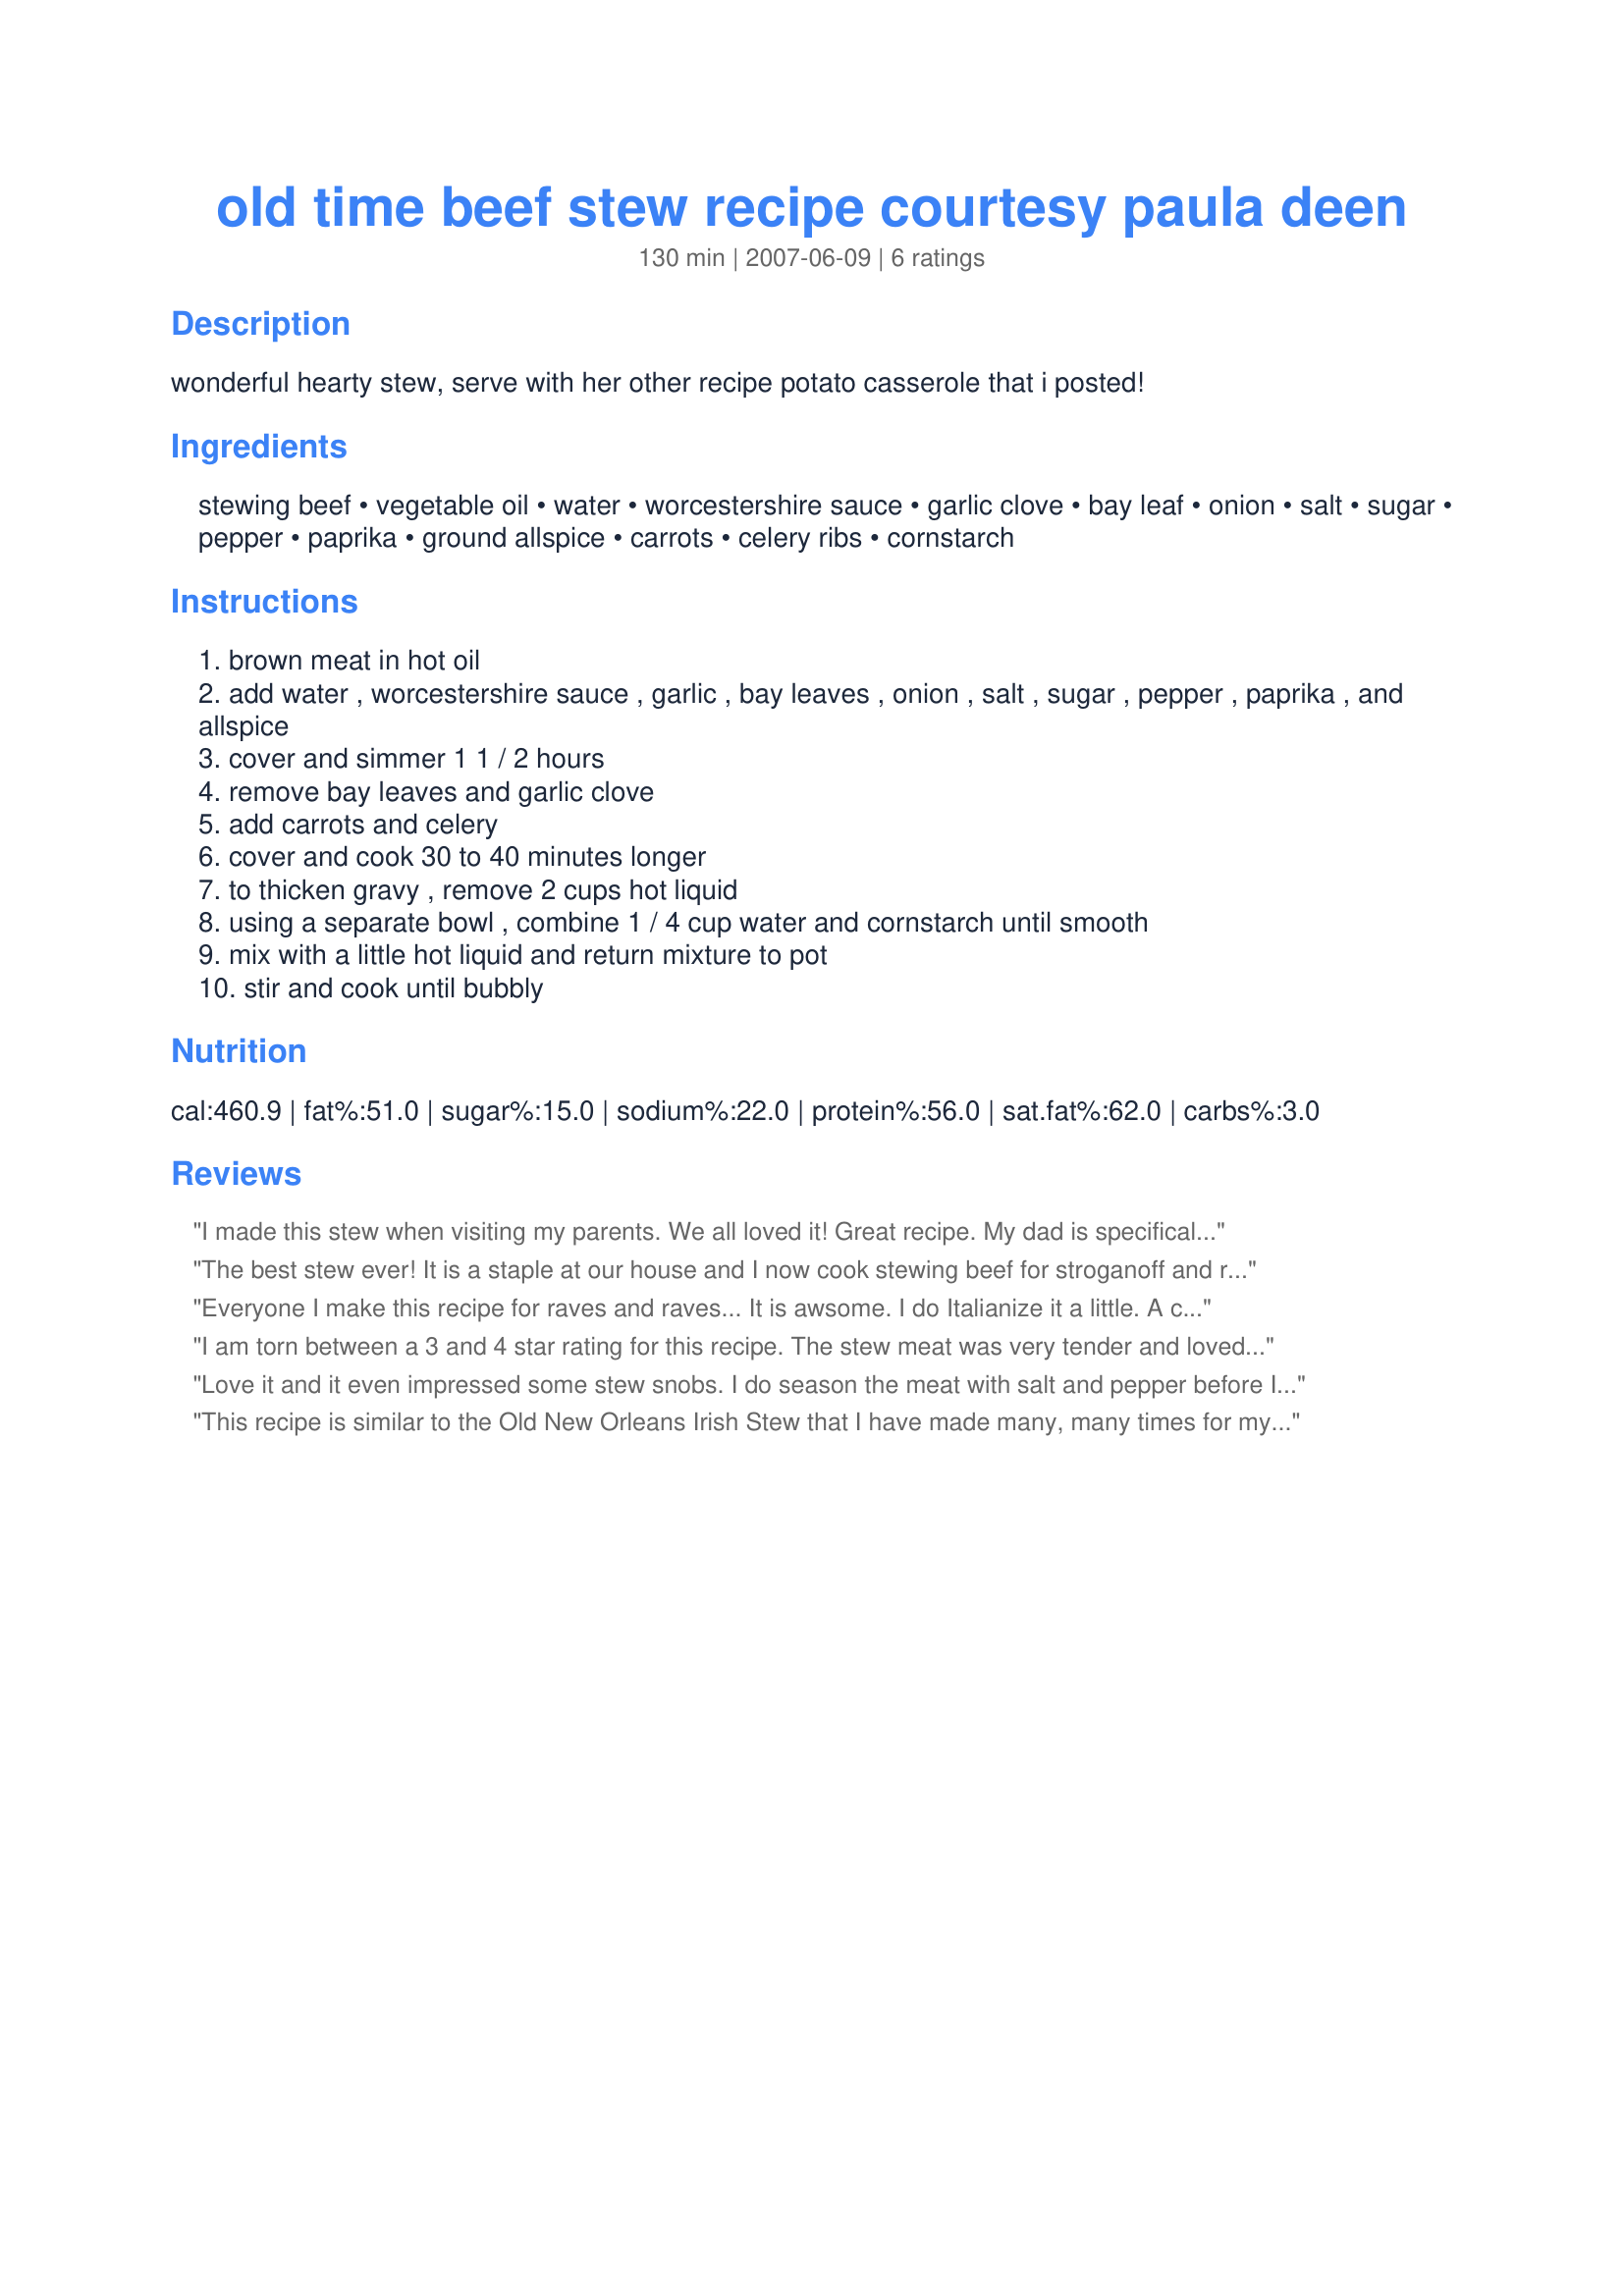
old time beef stew recipe courtesy paula deen
Preparation time: 130 minutes

wonderful hearty stew, serve with her other recipe potato casserole that i posted!

Ingredients:
stewing beef, vegetable oil, water, worcestershire sauce, garlic clove, bay leaf, onion, salt, sugar, pepper, paprika, ground allspice, carrots, celery ribs, cornstarch

Steps:
brown meat in hot oil
add water , worcestershire sauce , garlic , bay leaves , onion , salt , sugar , pepper , paprika , and allspice
cover and simmer 1 1 / 2 hours
remove bay leaves and garlic clove
add carrots and celery
cover and cook 30 to 40 minutes longer
to thicken gravy , remove 2 cups hot liquid
using a separate bowl , combine 1 / 4 cup water and cornstarch until smooth
mix with a little hot liquid and return mixture to pot
stir and cook until bubbly

Reviews:
I made this stew when visiting my parents. We all loved it! Great recipe. My dad is specifically asking me to make it again the next time I visit. My mom even went back for seconds and that is a rare thing.
The best stew ever! It is a staple at our house and I now cook stewing beef for stroganoff and roasts in the same way. Delicious!
Everyone I make this recipe for raves and raves... It is awsome. I do Italianize it a little. A change a few things. I dont add water, I add beef broth, dont add sugar or celery. I dont do the cornstarch thing either. When it is done cooking I add potato gnocchi to turn it into meat and potatos. This recipe gets the highest raitings in my house.
I am torn between a 3 and 4 star rating for this recipe. The stew meat was very tender and loved the vegetables. I didnt have allspice so I added a dash of cloves and I think that might have been the problem for us. The broth has a sweeter flavor that I dont think went very well with the meat and veges. It was also a bit on the bland side for us, maybe using vegetable or beef broth would help flavor that more. Also needs some herbs to balance out the sweet flavor. With a little tweaking this would be a very good stew.
Love it and it even impressed some stew snobs. I do season the meat with salt and pepper before I brown it
This recipe is similar to the Old New Orleans Irish Stew that I have made many, many times for my family.The difference is that the meat was seasoned, then dusted with flour.I also added i chopped bell pepper with onion and celery to the pot with meat drippings and sauteed them before adding any liquid.Cornstarch was added if needed to thicken.Otherwise the recipe was a beginning for stew. The taste was very good either way. Cooking time was the same.
Sometimes I added diced potatoes and carrots to give the stew more body.
